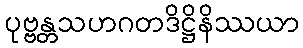
ပုဗ္ဗန္တသဟဂတဒိဋ္ဌိနိဿယာ